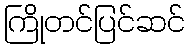
ကြိုတင်ပြင်ဆင်